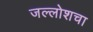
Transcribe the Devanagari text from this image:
जल्लोशचा